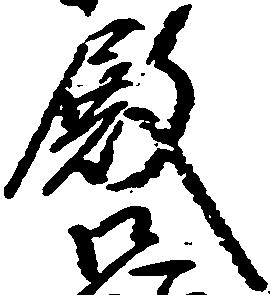
殿